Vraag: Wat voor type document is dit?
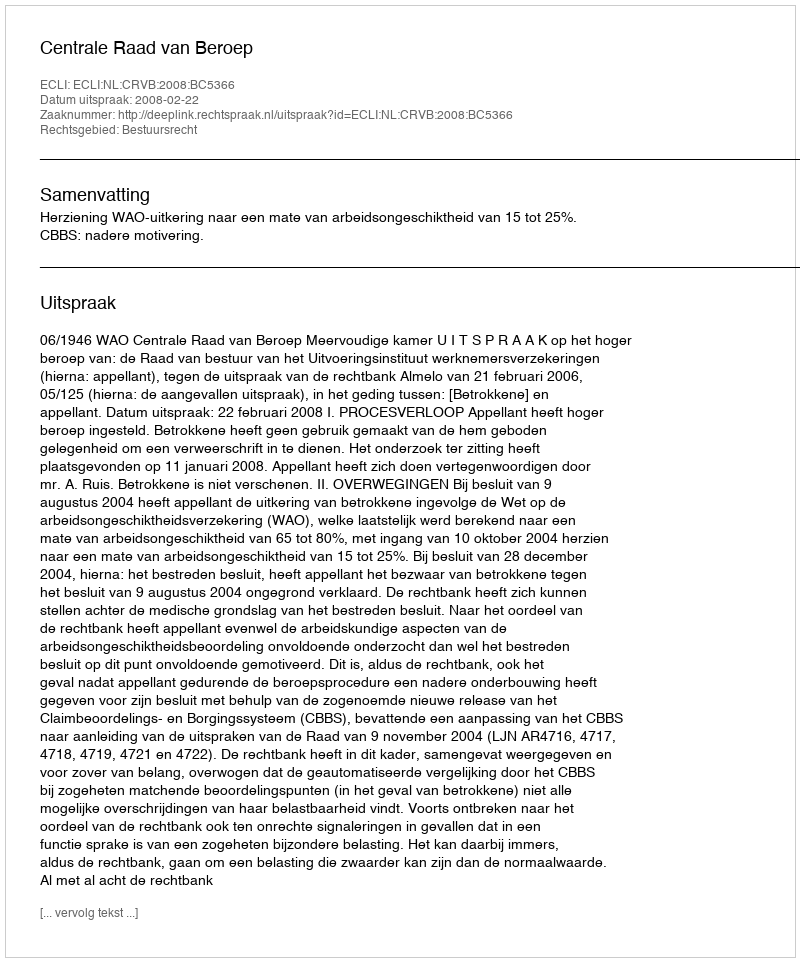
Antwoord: Uitspraak